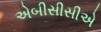
એબીસીસીએ